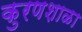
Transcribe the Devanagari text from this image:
कुरणशाळा